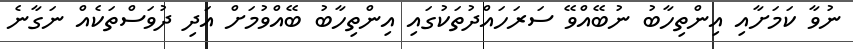
ނުވާ ކަމަށާއި އިންތިހާބު ނުބޭއްވޭ ސަރަހައްދުތަކުގައި އިންތިހާބު ބޭއްވުމަށް އަދި ދުވަސްތަކެއް ނަގާނެ